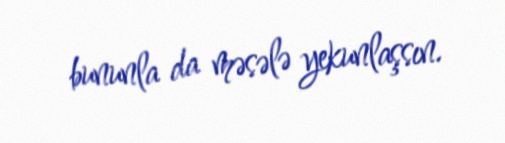
bununla da məsələ yekunlaşsın.